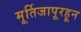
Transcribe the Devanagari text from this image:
मूर्तिजापूरहून